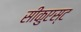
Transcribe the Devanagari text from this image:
सीकुएस्ट